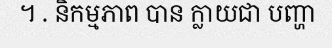
។ . និកម្មភាព បាន ក្លាយជា បញ្ហា